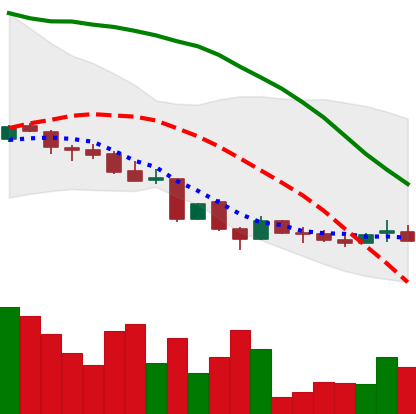
Ticker: LINK-USD
Chart end date: 2018-06-21
Forward return: -19.781%
Label: down_7plus